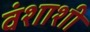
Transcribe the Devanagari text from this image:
वंशाशी